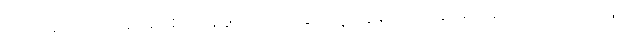
ယာဉ်မတော်တဆမှုဖြစ်လို့ နဖူး ပေါက်သွားတဲ့ လူနာက ဆေးရုံ ရောက် လာတယ်။